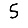
Digit: 5